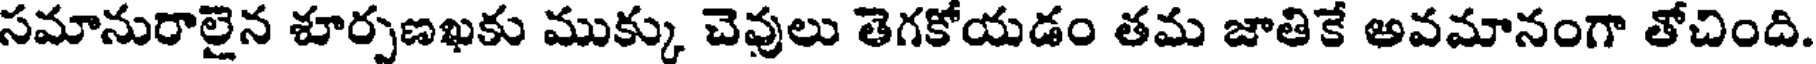
సమానురాలైన శూర్పణఖకు ముక్కు చెవులు తెగకోయడం తమ జాతికే అవమానంగా తోచింది.